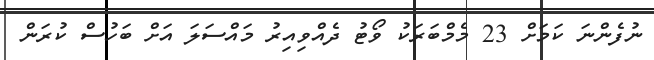
ނުފެންނަ ކަމަށް 23 މެމްބަރަކު ވޯޓު ދެއްވިއިރު މައްސަލަ އަށް ބަހުސް ކުރަން